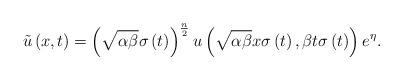
LaTeX: \begin{align*}\tilde{u}\left( x,t\right) =\left( \sqrt{\alpha \beta }\sigma \left(t\right) \right) ^{\frac{n}{2}}u\left( \sqrt{\alpha \beta }x\sigma \left(t\right) ,\beta t\sigma \left( t\right) \right) e^{\eta }. \end{align*}